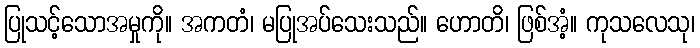
ပြုသင့်သောအမှုကို။ အကတံ၊ မပြုအပ်သေးသည်။ ဟောတိ၊ ဖြစ်အံ့။ ကုသလေသု၊